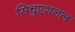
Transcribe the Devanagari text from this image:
सिचुएशनल